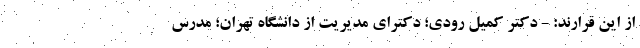
از این قرارند: - دکتر کمیل رودی؛ دکترای مدیریت از دانشگاه تهران؛ مدرس